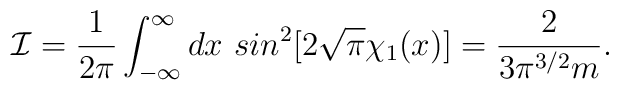
{\cal I}= \frac{1}{2\pi}\int_{-\infty}^{\infty} dx\ sin^2[2\sqrt{\pi}\chi_1(x)]= \frac{2}{3\pi^{3/2}m}.